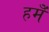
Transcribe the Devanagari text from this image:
हमेँ